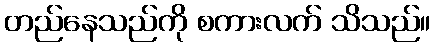
တည်နေသည်ကို စကားလက် သိသည်။